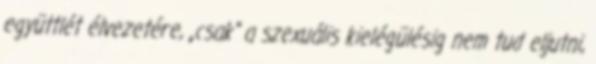
együttlét élvezetére, „csak” a szexuális kielégülésig nem tud eljutni,